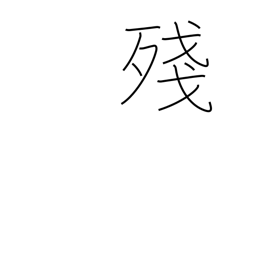
Meaning: leftover